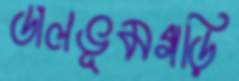
ডালভূমগড়ি